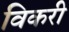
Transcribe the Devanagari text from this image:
विकरी